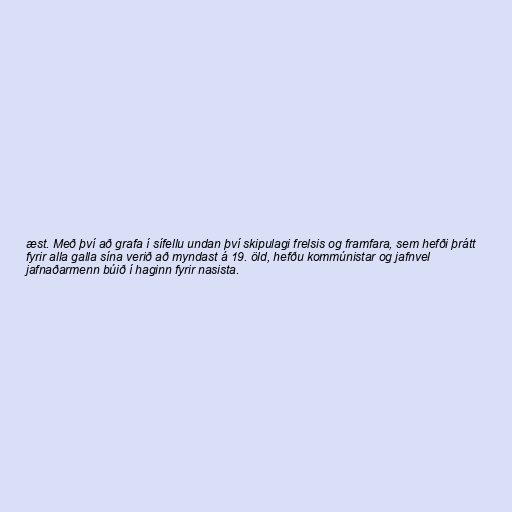
æst. Með því að grafa í sífellu undan því skipulagi frelsis og framfara, sem hefði þrátt
fyrir alla galla sína verið að myndast á 19. öld, hefðu kommúnistar og jafnvel
jafnaðarmenn búið í haginn fyrir nasista.